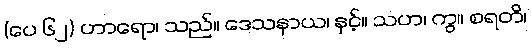
(ပေ ၆၂) ဟာရော၊ သည်။ ဒေသနာယ၊ နှင့်။ သဟ၊ ကွ။ စရတိ၊